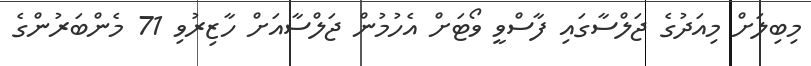
މިބިލަށް މިއަދުގެ ޖަލްސާގައި ފާސްވީ ވޯޓަށް އެހުމުން ޖަލްސާއަށް ހާޒިރުވި 71 މެންބަރުންގެ